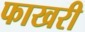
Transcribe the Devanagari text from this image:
फाखरी